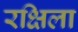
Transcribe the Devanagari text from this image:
रक्षिला